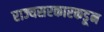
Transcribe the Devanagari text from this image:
राज्यसरकारकडून